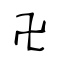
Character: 卍